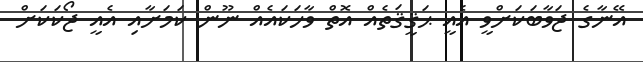
އޭނާގެ ޖަވާބަކަށްވީ އެއީ ޙަޤީޤަތެއް އޮތް ވާހަކައެއް ނޫން ކަމަށާއި އެއީ ޖޯކަކަށް